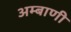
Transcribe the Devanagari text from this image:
अम्बाणी